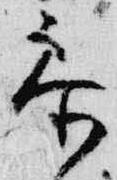
参